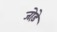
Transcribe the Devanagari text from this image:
जो़ड़े